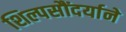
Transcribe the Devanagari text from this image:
शिल्पसौंदर्याने